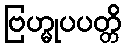
ဗြဟ္မုပပတ္တိ